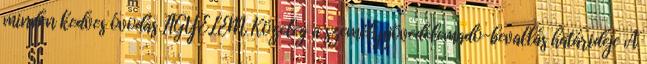
minden kedves óvodás FIGYELEM Közeleg a személyijövedelemadó-bevallás határideje A